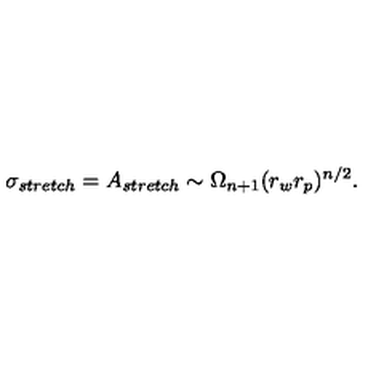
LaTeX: \sigma _ { s t r e t c h } = A _ { s t r e t c h } \sim \Omega _ { n + 1 } ( r _ { w } r _ { p } ) ^ { n / 2 } .